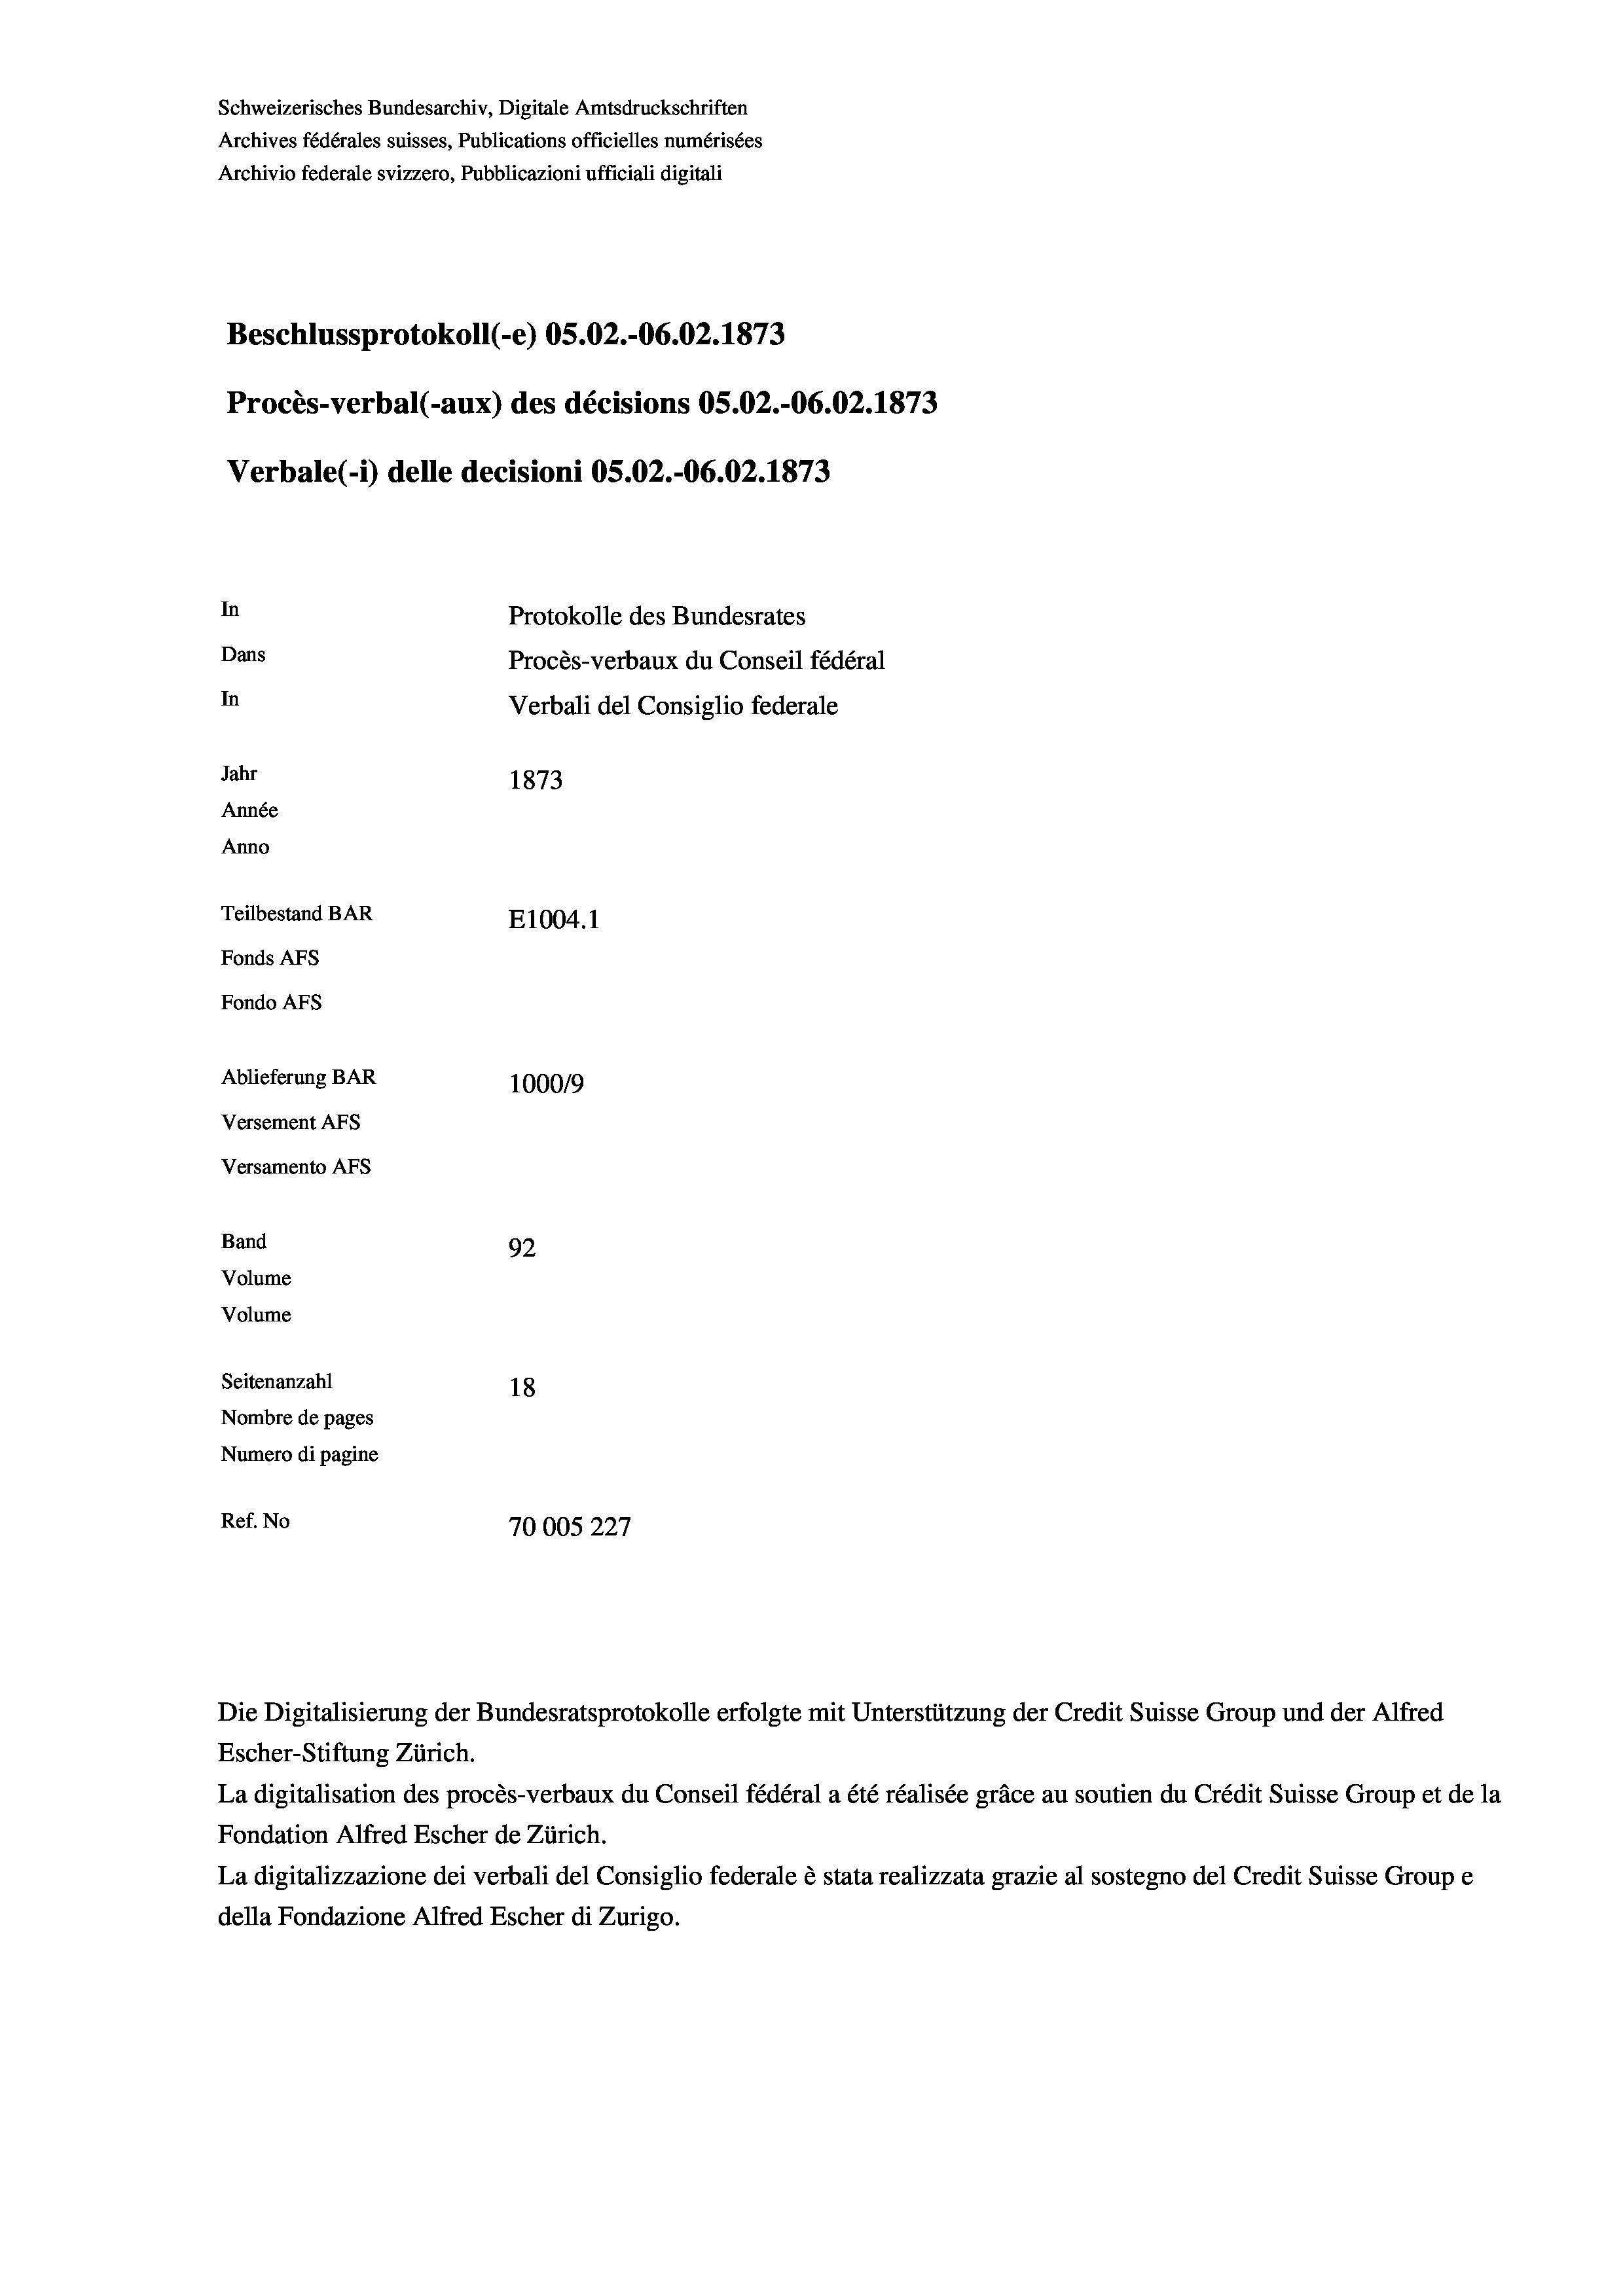
Schweizerisches Bundesarchiv, Digitale Amtsdruckschriften
Archives fédérales suisses, Publications officielles numérisées
Archivio federale svizzero, Pubblicazioni ufficiali digitali
Beschlussprotokoll (-e) OS.02.-06.02. 1873
Procès-verbal (-aux) des décisions OS.O2.-06.02. 1873
Verbale(-*) delle decisioni OS.02.-06.02. 1873
In
Protokolle des Bundesrates
Dans
Procès-verbaux du Conseil fédéral
In
Verbali del Consiglio federale
Jahr
1873
Année
Anno
Teilbestand BAR
E1004. 1
Fonds Afs
Fondo Afs
Ablieferung BAR
100019
Versement AFs
Versamento AFs
Band
92
Volume
Volume
Seitenanzahl
18
Nombre de pages
Numero di pagine
Ref. No
70005227

La digitalisation des procès-verbaux du Conseil fédéral a été réalisée gräce au soutien du Crédit Suisse Group et de la
Fondation Alfred Escher de Zürich.
La digitalizzazione dei verbali del Consiglio federale è stata realizzata grazie al sostegno del Credit Suisse Groupe
della Fondazione Alfred Escher di Zurigo.

Die Digitalisierung der Bundesratsprotokolle erfolgte mit Unterstützung der Credit Suisse Group und der Alfred
Escher-Stiftung Zürich.